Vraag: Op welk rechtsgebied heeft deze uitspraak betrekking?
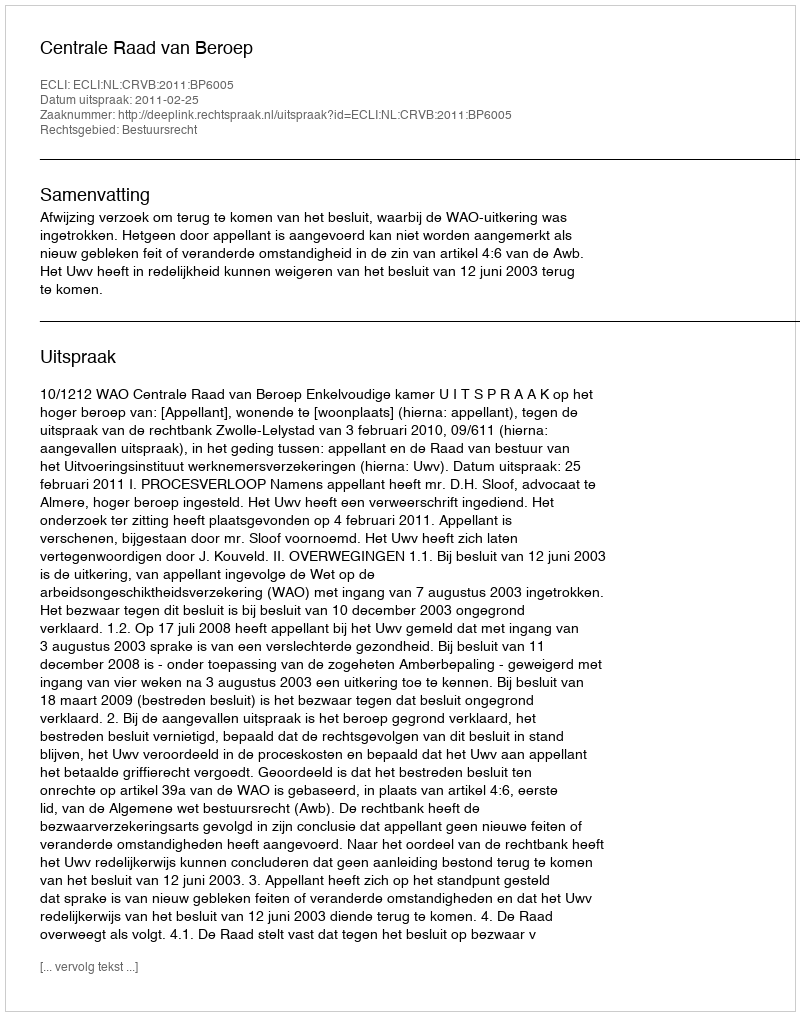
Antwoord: Bestuursrecht